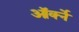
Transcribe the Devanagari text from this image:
ऑर्क्ने